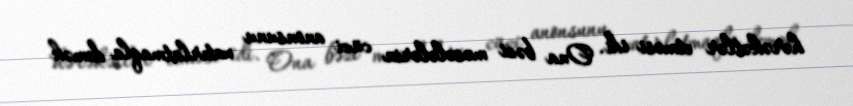
hərəkətlər etməsi idi. Ona bəzi məsələlərin cüzi anonsunu xatırlatmaqla demək